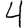
Digit: 4